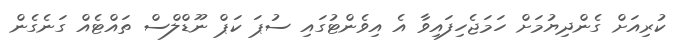
ކުރިއަށް ގެންދިޔުމަށް ހަމަޖެހިފައިވާ އެ އިވެންޓުގައި ސުޕަ ކަޕް ނޫޑްލްސް ތައްޓެއް ގަނެގެން